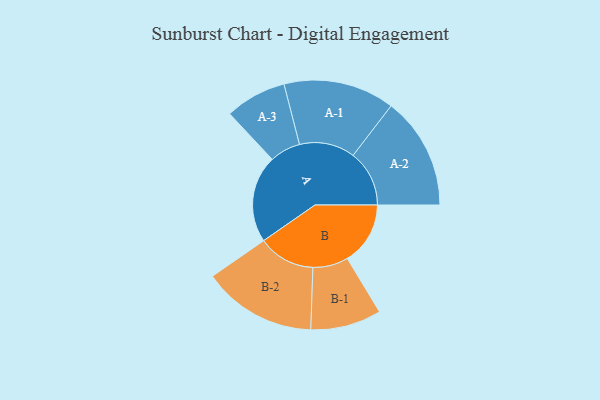
{"axis": {"x": "Segment", "y": "Value"}, "legend": ["", "A", "B"], "data": [{"x": "A", "y": 412, "type": ""}, {"x": "B", "y": 297, "type": ""}, {"x": "A-1", "y": 262, "type": "A"}, {"x": "A-2", "y": 265, "type": "A"}, {"x": "A-3", "y": 145, "type": "A"}, {"x": "B-1", "y": 167, "type": "B"}, {"x": "B-2", "y": 269, "type": "B"}]}